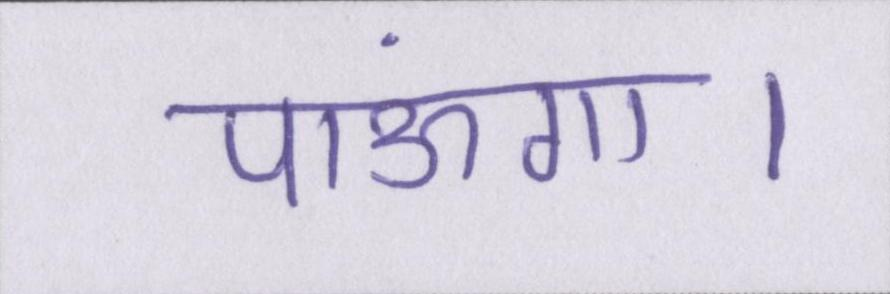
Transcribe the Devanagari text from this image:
पाऊंगा।